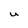
Character: U